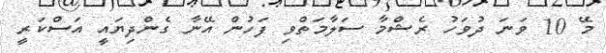
މޭ 10 ވަނަ ދުވަހު ރެޝްމާ ސަލާމަތްވި ފަހުން އޭނާ ގެންދިޔައީ އަސްކަރީ